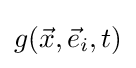
g({\vec {x}},{\vec {e}}_{i},t)